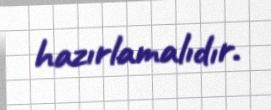
hazırlamalıdır.